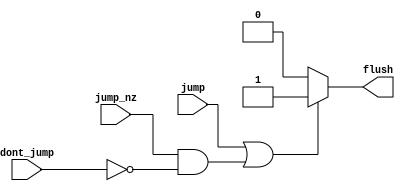
module generate_flush(
	input jump,
	input jump_nz,
	input dont_jump,
	output reg flush
);

	always@(jump || jump_nz)
		if (jump || (jump_nz && !dont_jump))
			flush = 1'b1;
		else
			flush = 1'b0;
	


endmodule